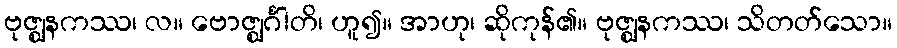
ဗုဇ္ဈနကဿ၊ လ။ ဗောဇ္ဈင်္ဂါတိ၊ ဟူ၍။ အာဟု၊ ဆိုကုန်၏။ ဗုဇ္ဈနကဿ၊ သိတတ်သော။